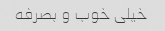
خیلی خوب و بصرفه